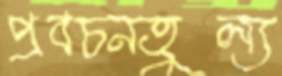
প্রবচনতুল্য